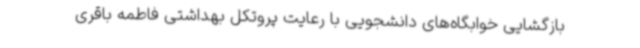
بازگشایی خوابگاه‌های دانشجویی با رعایت پروتکل بهداشتی فاطمه باقری